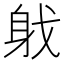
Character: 𨈟